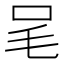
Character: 𣬦